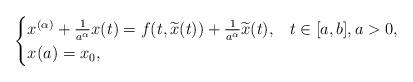
LaTeX: \begin{align*}\begin{cases}x^{(\alpha)}+\frac{1}{a^{\alpha}}x(t)=f(t,\widetilde{x}(t))+\frac{1}{a^{\alpha}}\widetilde{x}(t),& t\in[a,b], a>0,\\x(a)=x_{0},\end{cases}\end{align*}